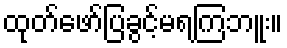
ထုတ်ဖော်ပြခွင့်မရကြဘူး။